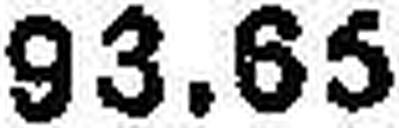
93.65